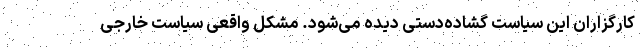
کارگزاران این سیاست گشاده‌دستی دیده می‌شود. مشکل واقعی سیاست خارجی